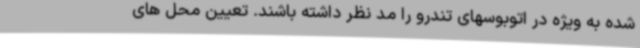
شده به ویژه در اتوبوسهای تندرو را مد نظر داشته باشند. تعیین محل های